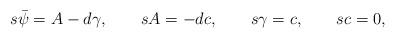
LaTeX: \begin{align*}s{\bar\psi}=A-d{\gamma},\quad\quad sA=-dc,\quad\quad s\gamma=c,\quad\quad sc=0,\end{align*}